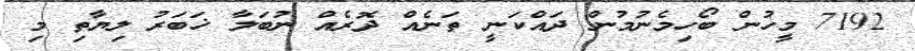
7192 މީހުން ބޯހިމެނުމުން ދައްކަނީ ތަނެއް ދޮރެއް ނުބަލާ ޚަބަރު ލިޔާތި މި